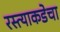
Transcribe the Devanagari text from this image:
रस्त्याकडेचा